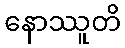
နောဿူတိ